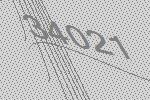
34021